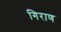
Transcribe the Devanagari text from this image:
गिराण